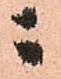
ニ